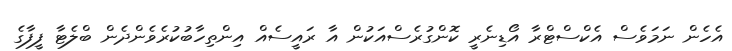
އެހެން ނަމަވެސް އެކްސްޓްރާ އޯޑިނެރީ ކޮންގުރެސްއަކުން އާ ރައީސެއް އިންތިހާބުކުރެވެންދެން ބްލެޓާ ފީފާގެ